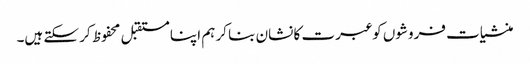
منشیات فروشوں کو عبرت کا نشان بنا کر ہم اپنا مستقبل محفوظ کر سکتے ہیں۔